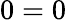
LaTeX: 0=0